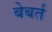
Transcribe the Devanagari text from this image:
बेबर्त